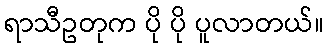
ရာသီဥတုက ပို ပို ပူလာတယ်။